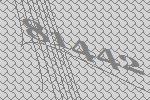
81442